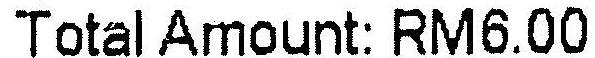
TOTAL AMOUNT: RM6.00